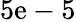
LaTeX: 5\mathrm{e}-5